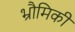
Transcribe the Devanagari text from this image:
भ्रौमिकी